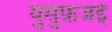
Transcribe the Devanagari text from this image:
युसुफ़जई